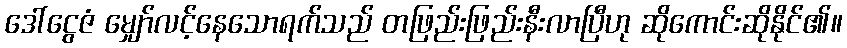
ဒေါ်ငွေဇံ မျှော်လင့်နေသောရက်သည် တဖြည်းဖြည်းနီးလာပြီဟု ဆိုကောင်းဆိုနိုင်၏။